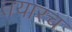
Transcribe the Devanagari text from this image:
तयारच